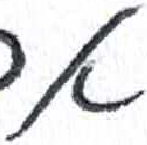
אות: א